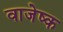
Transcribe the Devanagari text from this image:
वाजेष्क